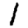
Digit: 1